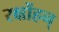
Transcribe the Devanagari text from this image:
रक्षोंहन्